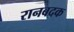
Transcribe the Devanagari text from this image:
रानबदक